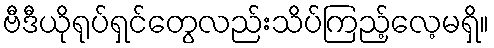
ဗီဒီယိုရုပ်ရှင်တွေလည်းသိပ်ကြည့်လေ့မရှိ။